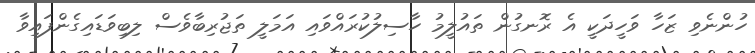
ހުންނެވި ޒަހާ ވަހީދަކީ އެ ރޮނގުން ތައުލީމު ހާސިލުކުރައްވައި އަމަލީ ތަޖުރިބާވެސް ލިބިވަޑައިގެންފައިވާ